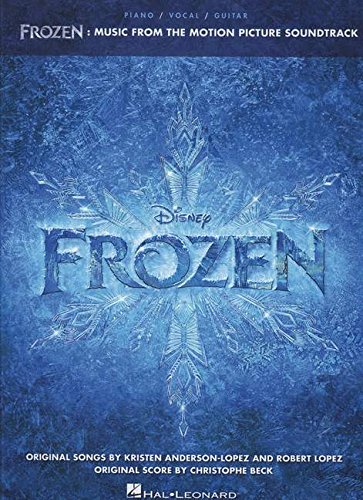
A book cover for Frozen: Music from the Motion Picture Soundtrack (Piano/Vocal/Guitar) (Piano, Vocal, Guitar Songbook); Hal Leonard Corp.; Humor & Entertainment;